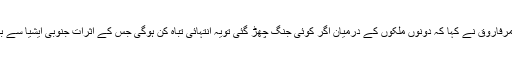
اجلاس میں میرواعظ عمرفاروق نے کہا کہ دونوں ملکوں کے درمیان اگر کوئی جنگ چھڑ گئی تویہ انتہائی تباہ کن ہوگی جس کے اثرات جنوبی ایشیا سے باہربھی مرتب ہوں گے۔